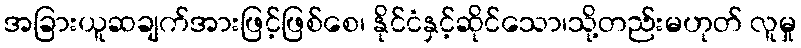
အခြားယူဆချက်အားဖြင့်ဖြစ်စေ၊ နိုင်ငံနှင့်ဆိုင်သော၊သို့တည်းမဟုတ် လူမှု